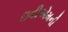
ઇવીએમની